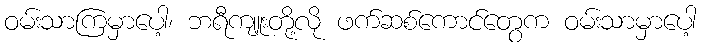
ဝမ်းသာကြမှာပေါ့၊ ဘရီကျူးတို့လို ဖက်ဆစ်ကောင်တွေက ဝမ်းသာမှာပေါ့